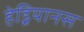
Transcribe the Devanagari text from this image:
हेड्रियानस